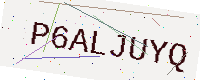
Text: P6ALJUYQ